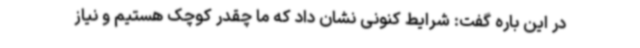
در این باره گفت: شرایط کنونی نشان داد که ما چقدر کوچک هستیم و نیاز